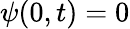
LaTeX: \psi(0,t)=0